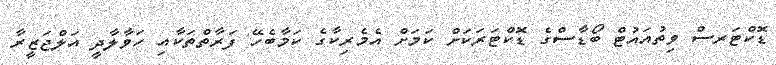
ޑޮކްޓަރސް ވިތުއައުޓް ބޯޑާސްގެ ޑޮކްޓަރަކަށް ކަމަށް އެމެރިކާގެ ކަމާބެހޭ ފަރާތްތަކާއި ހަވާލާދީ އަލްޖަޒީރާ